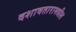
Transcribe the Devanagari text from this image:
दशावतारामधील